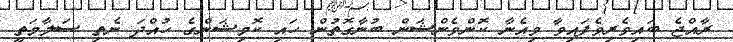
ރާއްޖެ ބައިވެރިވެފައިވާ ވިއެނާ ކޮންވެންޝަން ބުނާގޮތުން ހައި ކޮމިޝަންގެ ހުއްދަ ނެތި ސަލާމަތީ